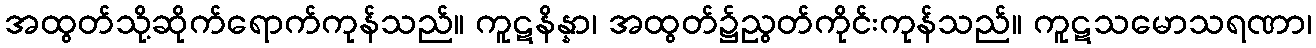
အထွတ်သို့ဆိုက်ရောက်ကုန်သည်။ ကူဋနိန္နာ၊ အထွတ်၌ညွတ်ကိုင်းကုန်သည်။ ကူဋသမောသရဏာ၊